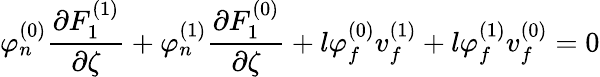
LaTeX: \varphi_{n}^{(0)}\frac{\partial F_{1}^{(1)}}{\partial\zeta}+\varphi_{n}^{(1)}\frac{\partial F_{1}^{(0)}}{\partial\zeta}+l\varphi_{f}^{(0)}v_{f}^{(1)}+l\varphi_{f}^{(1)}v_{f}^{(0)}=0